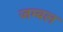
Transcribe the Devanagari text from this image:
जम्‍बल